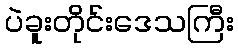
ပဲခူးတိုင်းဒေသကြီး